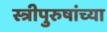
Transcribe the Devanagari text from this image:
स्त्रीपुरुषांच्या